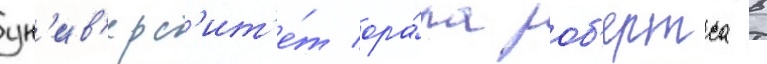
ун'ив'ерс'ит'е́т ора́ла роб'ертса в